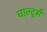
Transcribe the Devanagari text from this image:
चार्ल्ट्स